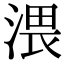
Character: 渨